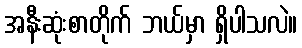
အနီးဆုံးစာတိုက် ဘယ်မှာ ရှိပါသလဲ။